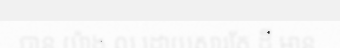
បាន យ៉ាង ល្អ ដោយសារតែ ដី មាន